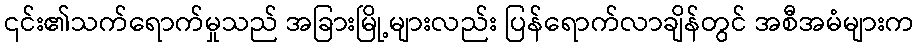
၎င်း၏သက်ရောက်မှုသည် အခြားမြို့များလည်း ပြန်ရောက်လာချိန်တွင် အစီအမံများက